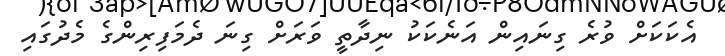
އެކަކަށް ވުރެ ގިނައިން އަނެކަކު ނިދާތީ ވަރަށް ގިނަ ދެމަފިރިންގެ މެދުގައި